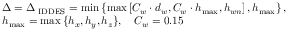
\begin{array} { r l } & { \Delta = \Delta _ { \mathrm { \tiny ~ I D D E S } } = \operatorname* { m i n } \left\{ { \operatorname* { m a x } \left[ { C _ { w } \cdot d _ { w } , C _ { w } \cdot h _ { \operatorname* { m a x } } , h _ { w n } } \right] , h _ { \operatorname* { m a x } } } \right\} , } \\ & { h _ { \mathrm { m a x } } = \operatorname* { m a x } { \{ h _ { x } , h _ { y } , h _ { z } \} } , \ \ \ C _ { w } = 0 . 1 5 } \end{array}